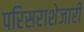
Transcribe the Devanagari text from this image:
परिसराशेजारी